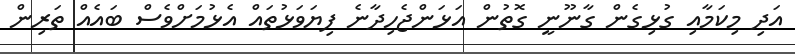
އަދި މިކަމާއި ގުޅިގެން ގާނޫނީ ގޮތުން އަޅަންޖެހިދާނެ ފިޔަވަޅުތައް އެޅުމަށްވެސް ބައެއް ތަރިން